Civil Veterinary Department Bengal reports 1933-51 - 1933-1951
Year: 1933
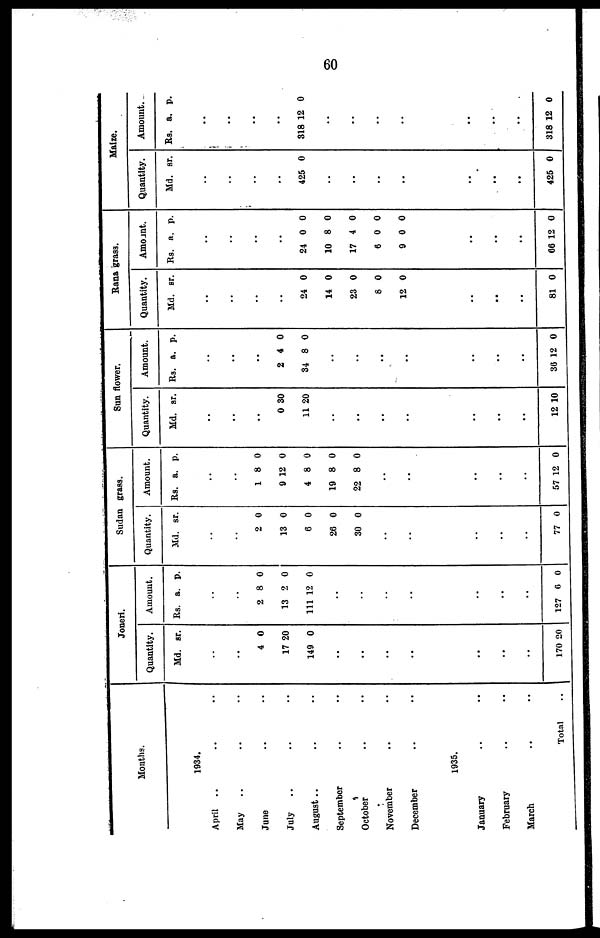
60
Moths.
1934.
April .. .. ..
May .. .. ..
June .. .. ..
July .. .. ..
August.. .. ..
September .. ..
October.. ..
November .. ..
December .. ..
1935.
January.. ..
February.. ..
March.. ..
Total ..
Joneri.
Quantity.
Md. sr.
..
..
4 0
17 20
149 0
...
..
..
..
..
..
...
170 20
Amount.
Rs. a. p.
..
..
2 8 0
13 2 0
111 12 0
..
..
..
..
..
..
..
127 0 0
Sudan grass.
Quantity.
Md. sr.
..
..
2 0
13 0
6 0
26 0
30 0
..
..
..
..
..
77 0
Amount.
Rs. a. p.
..
..
1 8 0
9 12 0
4 8 0
19 8 0
22 8 0
..
..
..
..
..
57 12 0
Sun flower.
Quantity.
Md. sr.
..
..
..
0 30
11 20
..
..
..
..
..
..
..
12 10
Amount.
Rs. a. p.
..
..
..
2 4 0
34 8 0
..
..
..
..
..
30 12 0
Rana grass.
Quantity.
Md. sr.
..
..
..
..
24 0
14 0
23 0
8 0
12 0
..
..
..
81 0
Amount.
Rs. a. p.
..
..
..
..
24 0 0
10 8 0
17 4 0
0 0 0
9 0 0
..
..
..
66 12 0
Maize.
Quantity.
Md. sr.
..
..
..
..
425 0
..
..
..
..
..
..
..
426 0
Amount.
Rs. a. p.
..
..
..
..
318 12 0
..
..
..
..
..
..
..
318 12 0